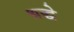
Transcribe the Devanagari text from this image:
श्रद्धे